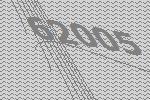
62005